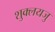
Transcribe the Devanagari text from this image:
शुक्लयजु